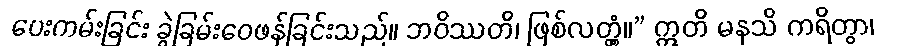
ပေးကမ်းခြင်း ခွဲခြမ်းဝေဖန်ခြင်းသည်။ ဘဝိဿတိ၊ ဖြစ်လတ္တံ့။” ဣတိ မနသိ ကရိတွာ၊